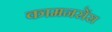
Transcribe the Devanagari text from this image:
कामनसेंस